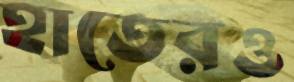
হাতেরও